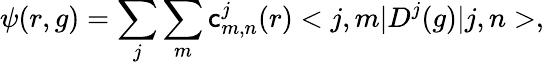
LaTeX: \psi(r,g)=\sum_{j}\sum_{m}\mathsf{c}_{m,n}^{j}(r)<j,m|D^{j}(g)|j,n>,